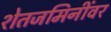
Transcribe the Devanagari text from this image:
शेतजमिनींवर